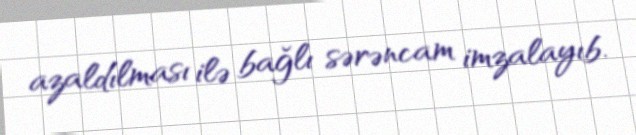
azaldılması ilə bağlı sərəncam imzalayıb.